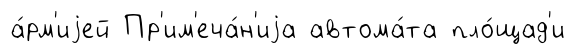
а́рм'иjей Пр'им'еча́н'иjа автома́та пло́щад'и